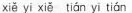
xiě yi xiě tián yī tián